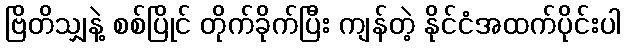
ဗြိတိသျှနဲ့ စစ်ပြိုင် တိုက်ခိုက်ပြီး ကျန်တဲ့ နိုင်ငံအထက်ပိုင်းပါ